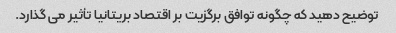
توضیح دهید که چگونه توافق برگزیت بر اقتصاد بریتانیا تأثیر می گذارد.